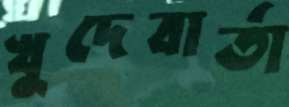
খুদেবার্তা